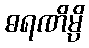
ဓရဏိမ္ပိ